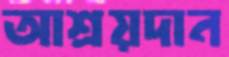
আশ্রয়দান